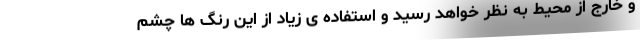
و خارج از محیط به نظر خواهد رسید و استفاده ی زیاد از این رنگ ها چشم